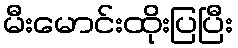
မီးမောင်းထိုးပြပြီး